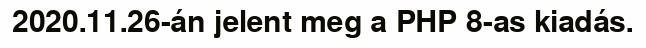
2020.11.26-án jelent meg a PHP 8-as kiadás.